NAE_ERA_R-30_Eesti_Riiklik_Spordiamet, lk 135
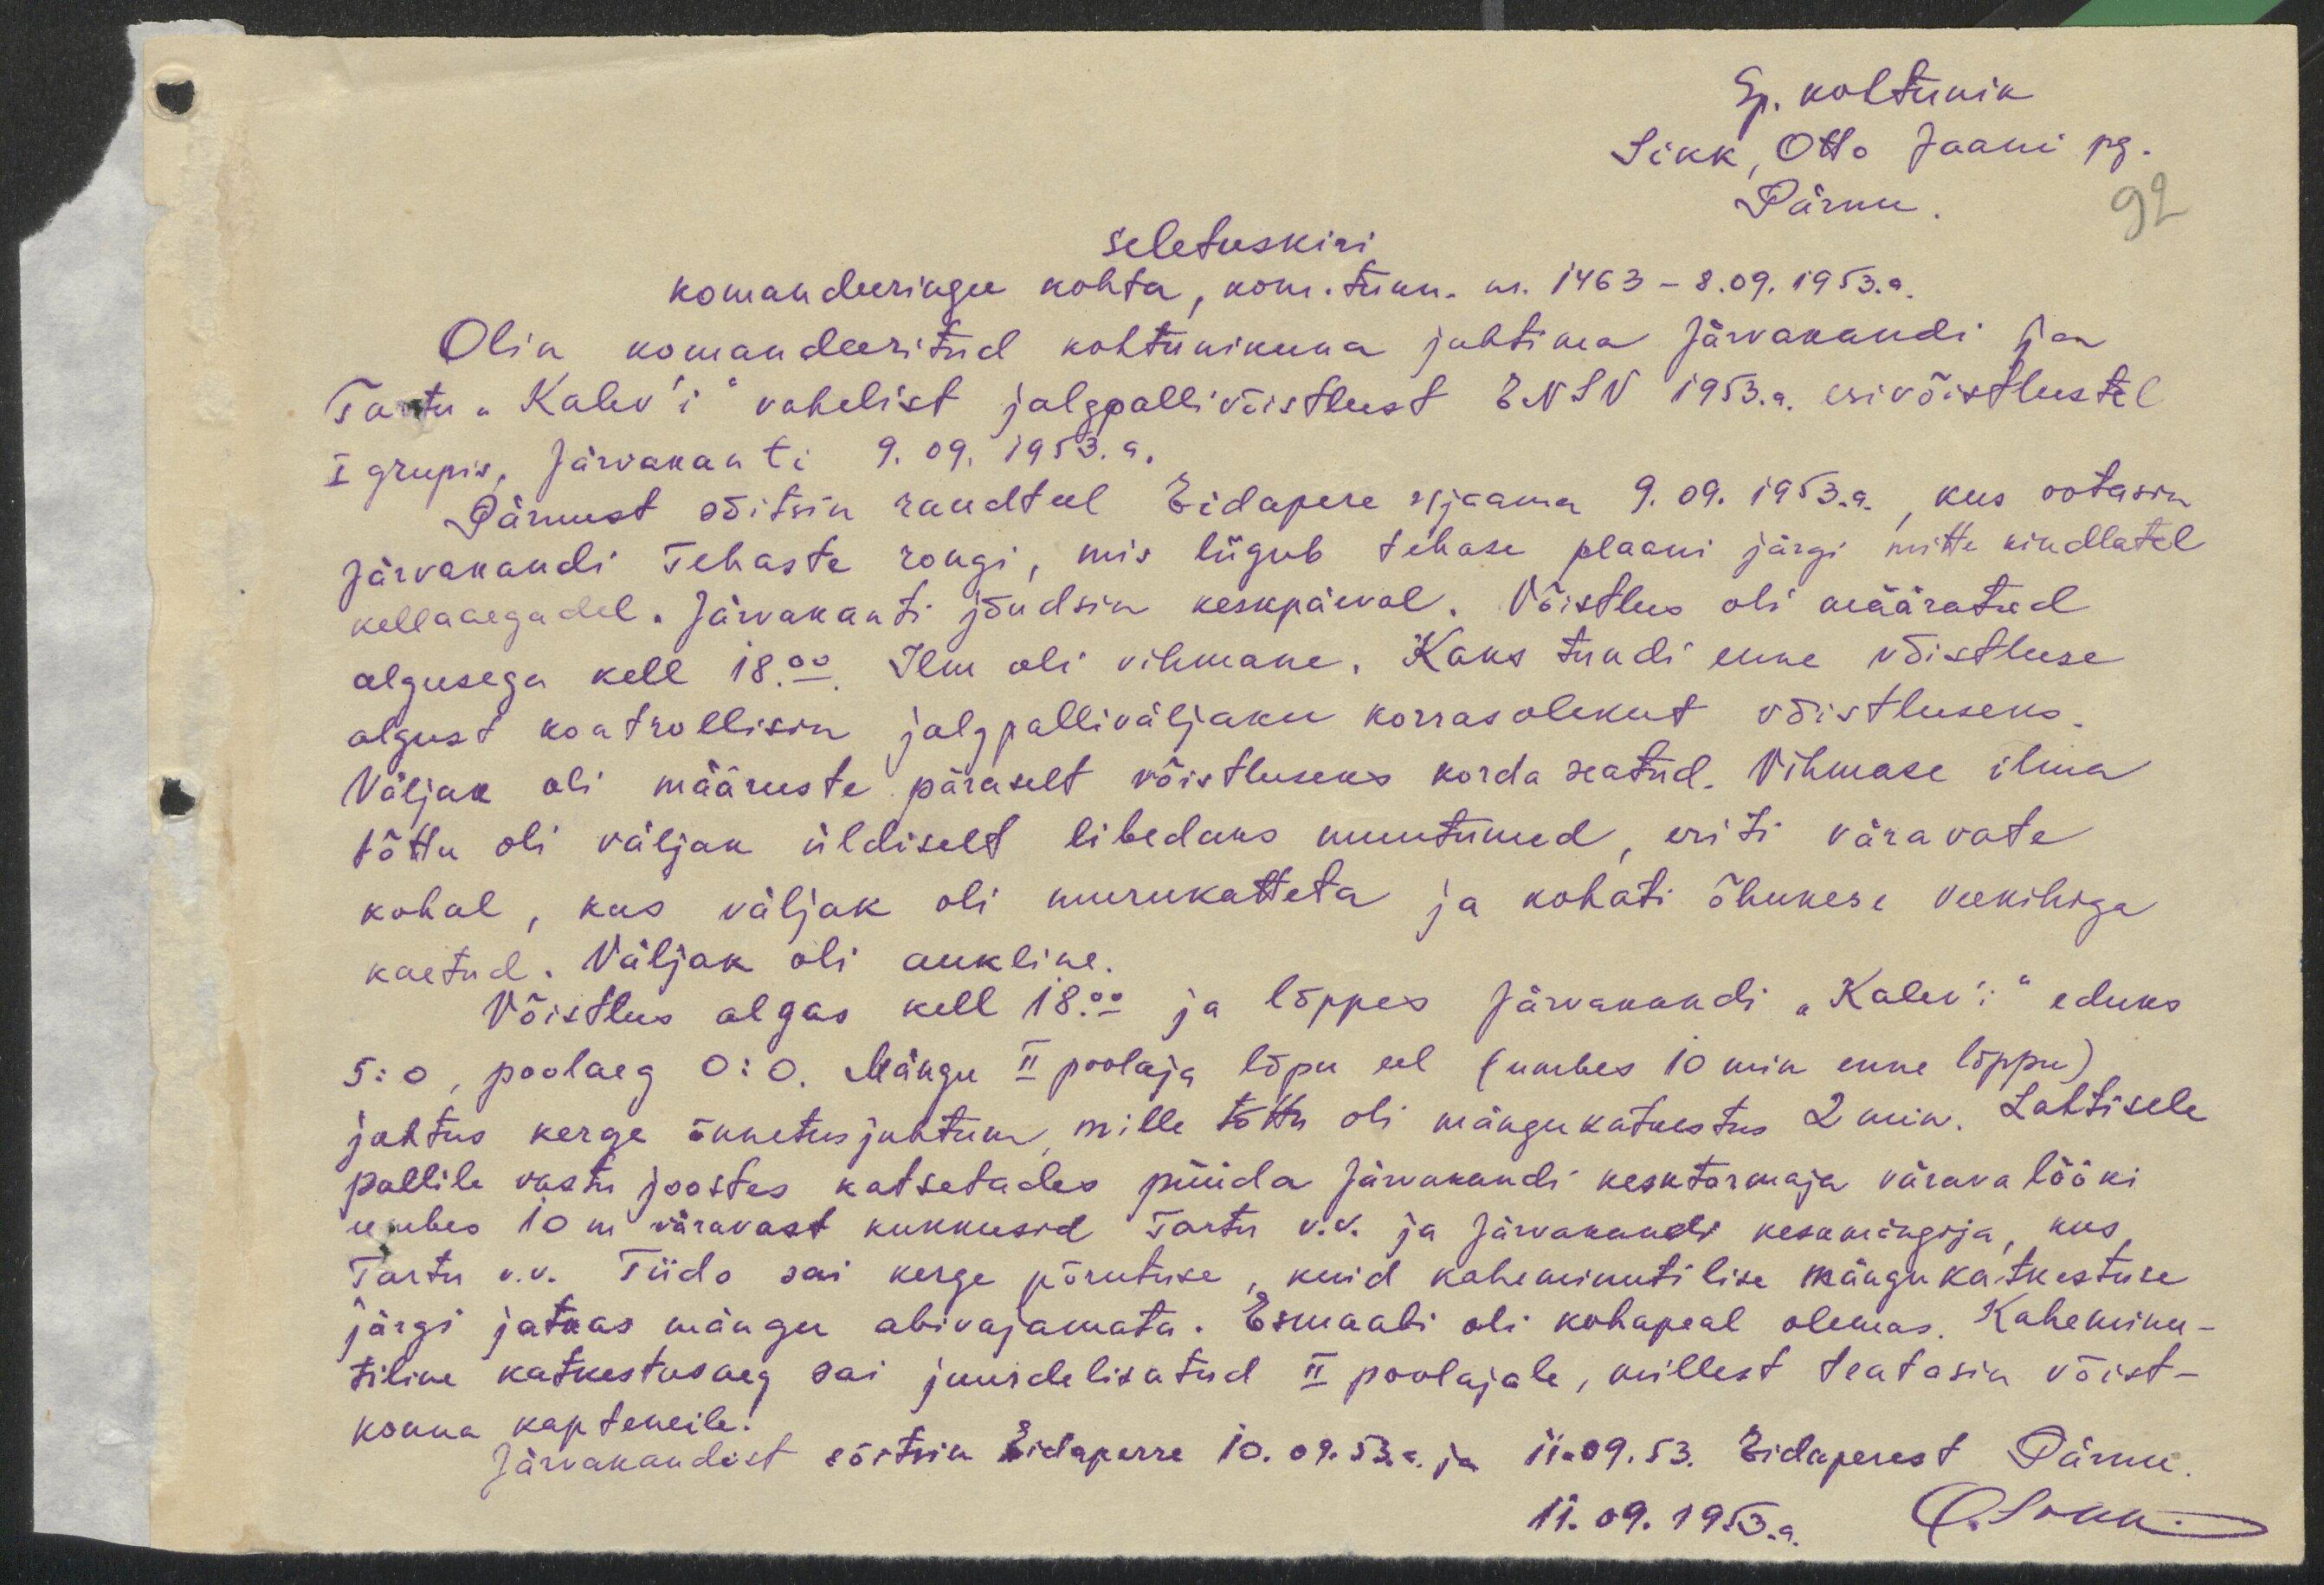
Sp. kohtunik
Sikk, Otto Jaani pg.
Pärnu.
92
Seletuskiri
komandeeringu kohta, kom. tunn. nr. 1463 - 8.09.1953.a.
Olin komandeeritud kohtunikuna juhtima Järvakandi ja
Tartu "Kalev'i" vahelist jalgpallivõistlust ENSV 1953.a. esivõistlustel
I grupis, Järvakanti 9.09.1953.a.
Pärnust sõitsin raudteel Eidapere r/jaama 9.09.1953.a., kus ootasin
Järvakandi Tehaste rongi, mis liigub tehase plaani järgi mitte kindlatel
kellaaegadel. Järvakanti jõudsin keskpäeval. Võistlus oli määratud
algusega kell 18.00. Ilm oli vihmane. Kaks tundi enne võistluse
algust kontrollisin jalgpalliväljaku korrasolekut võistluseks.
Väljak oli määruste päraselt võistluseks korda seatud. Vihmase ilma
tõttu oli väljak üldiselt libedaks muutunud, eriti väravate
kohal, kus väljak oli murukatteta ja kohati õhukese veekihiga
kaetud. Väljak oli aukline.
Võistlus algas kell 18.00 ja lõppes Järvakandi "Kalev'i" eduks
5:00, poolaeg 0:0. Mängu II poolaja lõpu eel (umbes 10 min enne lõppu)
juhtus kerge õnnetusjuhtum, mille tõttu oli mängukatkestus 2 min. Lahtisele
pallile vastu joostes katsetades püüda Järvakandi kesktormaja värava lööki
umbes 10 m väravast kukkusid Tartu v.v. ja Järvakandi keskmängija, kus
Tartu v.v. Tiido sai kerge põrutuse, kuid kaheminutilise mängukatkestuse
järgi jatkas mängu abivajamata. Esmaabi oli kohapeal olemas. Kaheminu-
tiline katkestusaeg sai juurdelisatud II poolajale, millest teatasin võist-
konna kapteneile.
Järvakandist sõitsin Eidaperre 10.09.53.a. ja 11.09.53. Eidaperest Pärnu.
11.09.1953.a.
O. Sikk.